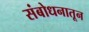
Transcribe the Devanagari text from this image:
संबोधनातून